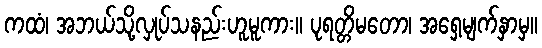
ကထံ၊ အဘယ်သို့လှုပ်သနည်းဟူမူကား။ ပုရတ္တိမတော၊ အရှေ့မျက်နှာမှ။